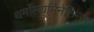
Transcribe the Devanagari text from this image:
थर्मोल्युमिनेसिन्स